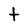
Character: t